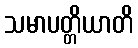
သမာပတ္တိယာတိ